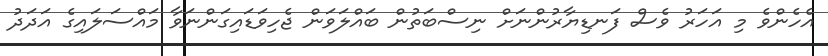
އެހެންވެ މި އަހަރު ވެސް ފަނޑިޔާރުންނަށް ނިސްބަތުން ބައްލަވަން ޖެހިވަޑައިގަންނަވާ މައްސަލައިގެ އަދަދު